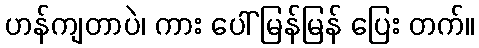
ဟန်ကျတာပဲ၊ ကား ပေါ် မြန်မြန် ပြေး တက်။